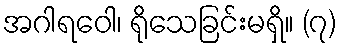
အဂါရဝေါ၊ ရိုသေခြင်းမရှိ။ (၇)